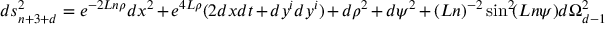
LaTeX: d s _ { n + 3 + d } ^ { 2 } = e ^ { - 2 L n \rho } d x ^ { 2 } + e ^ { 4 L \rho } ( 2 d x d t + d y ^ { i } d y ^ { i } ) + d \rho ^ { 2 } + d \psi ^ { 2 } + ( L n ) ^ { - 2 } \sin ^ { 2 } \! ( L n \psi ) d \Omega _ { d - 1 } ^ { 2 }